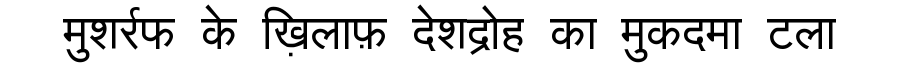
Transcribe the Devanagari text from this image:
मुशर्रफ के ख़िलाफ़ देशद्रोह का मुकदमा टला